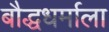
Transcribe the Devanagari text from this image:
बौद्धधर्माला